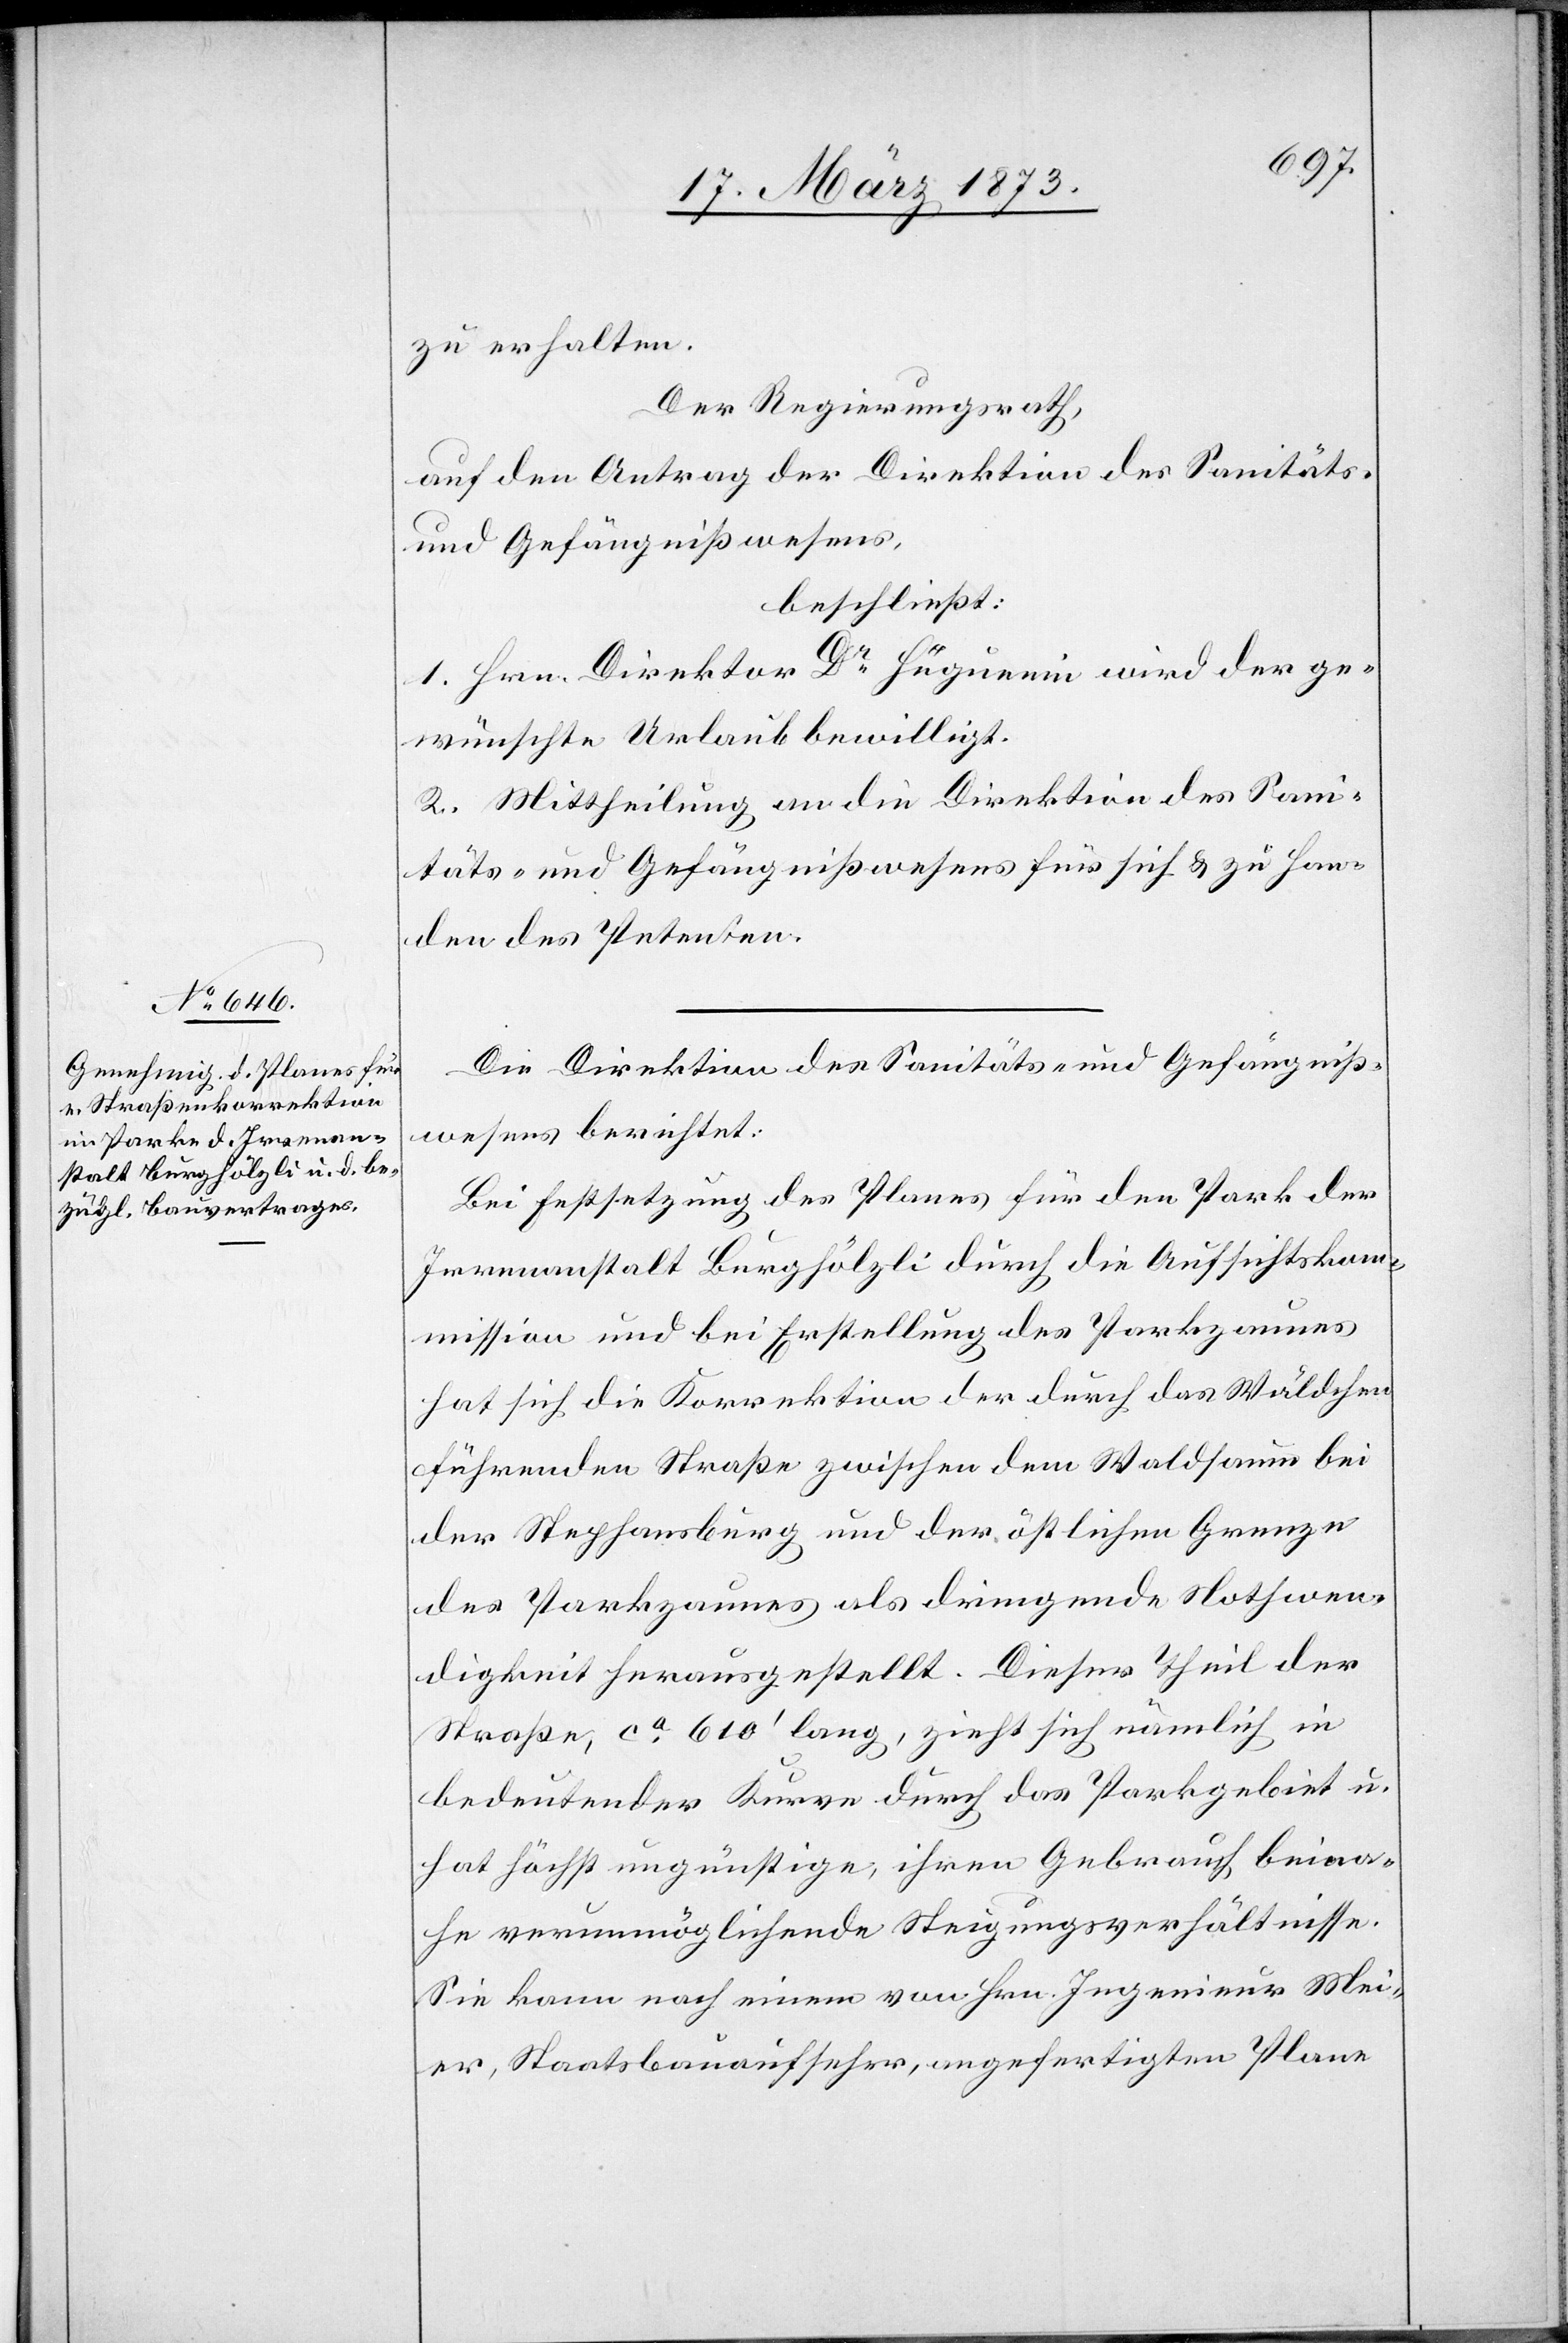
zu erhalten.
Der Regierungsrath,
auf den Antrag der Direktion des Sanitäts-
und Gefängnißwesens,
beschließt:
1. Hrn. Direktor Dr Hüguenin wird der ge¬
wünschte Urlaub bewilligt.
2. Mittheilung an die Direktion des Sani¬
täts- und Gefängnißwesens für sich u. zu Han¬
den des Petenten.
Die Direktion des Sanitäts- und Gefängniß¬
wesens berichtet:
Bei Festsetzung des Planes für den Park der
Irrenanstalt Burghölzli durch die Aufsichtskom¬
mission und bei Erstellung des Parkzaunes
hat sich die Korrektion der durch das Wäldchen
führenden Straße zwischen dem Waldsaum bei
der Stephansburg und der östlichen Grenze
des Parkzaunes als dringende Nothwen¬
digkeit herausgestellt. Dieser Theil der
Straße, ca 610’ lang, zieht sich nämlich in
bedeutender Kurve durch das Parkgebiet u.
hat höchst ungünstige, ihren Gebrauch beina¬
he verunmöglichende Steigungsverhältnisse.
Sie kann nach einem von Hrn. Ingenieur Mei¬
er, Staatsbauaufseher, angefertigten Plane